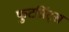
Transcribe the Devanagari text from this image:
फुटप्रिंट्स